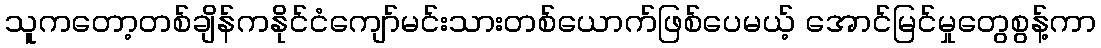
သူကတော့တစ်ချိန်ကနိုင်ငံကျော်မင်းသားတစ်ယောက်ဖြစ်ပေမယ့် အောင်မြင်မှုတွေစွန့်ကာ